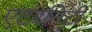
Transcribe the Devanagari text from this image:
एटरनिटी